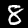
Digit: 8